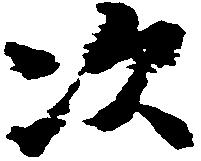
次